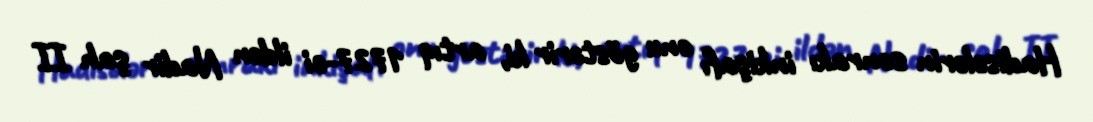
Hadisələrin sonrakı inkişafı onu göstərir ki, artıq 1727-ci ildən Nadir şah II